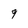
Character: 9